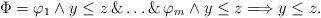
LaTeX: \begin{align*}\Phi = \varphi_1 \land y \leq z \, \& \dots \& \, \varphi_m \land y \leq z \Longrightarrow y \leq z.\end{align*}